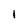
Character: 1